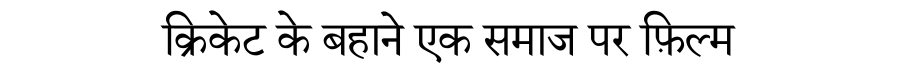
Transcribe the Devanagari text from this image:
क्रिकेट के बहाने एक समाज पर फ़िल्म